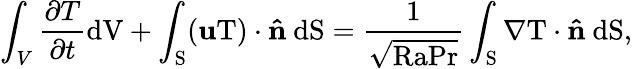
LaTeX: \int_{V}\frac{\partial T}{\partial t}\mathrm{{d}V+\int_{S}(\textbf{u}T)\cdot\mathbf{\hat{n}}\ \mathrm{{d}S=\frac{1}{\sqrt{RaPr}}\int_{S}\nabla T\cdot\mathbf{\hat{n}}\ \mathrm{{d}S,}}}